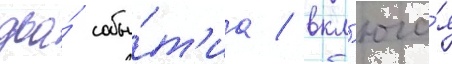
два́ собы́т'иа / вкл'юча́я